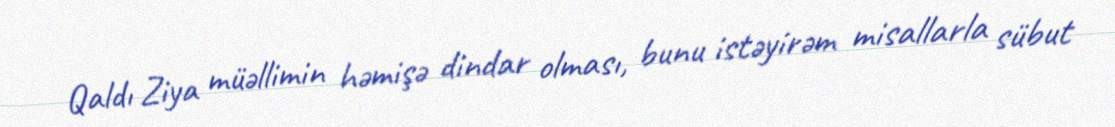
Qaldı Ziya müəllimin həmişə dindar olması, bunu istəyirəm misallarla sübut